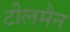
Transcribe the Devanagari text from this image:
टीलमैन